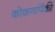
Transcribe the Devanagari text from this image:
कोकणांपैकी